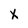
Character: X